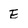
Character: e